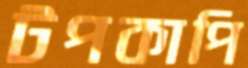
টপকাপি